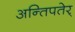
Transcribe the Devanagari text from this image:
अन्तिपतेर्